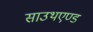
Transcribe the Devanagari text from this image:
साउथएण्ड